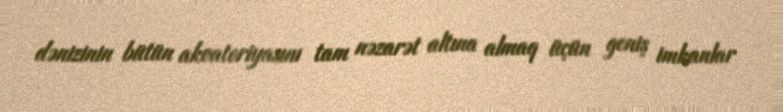
dənizinin bütün akvatoriyasını tam nəzarət altına almaq üçün geniş imkanlar